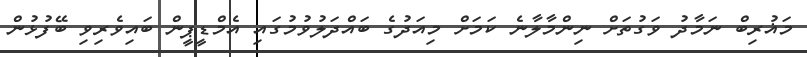
މަޣުރިބް ނަމާދު ވަގުތަށް ނިންމާލާނެ ކަމަށް މިއަދުގެ ބައްދަލުވުމުގައި އެމްޑީޕީން ބައިވެރިވި ބޭފުޅުން